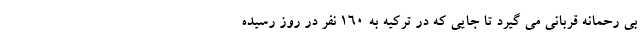
بی رحمانه قربانی می گیرد تا جایی که در ترکیه به 160 نفر در روز رسیده